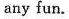
any fun.